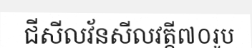
ជីសីលវ័នសីលវត្តី៧០រូប